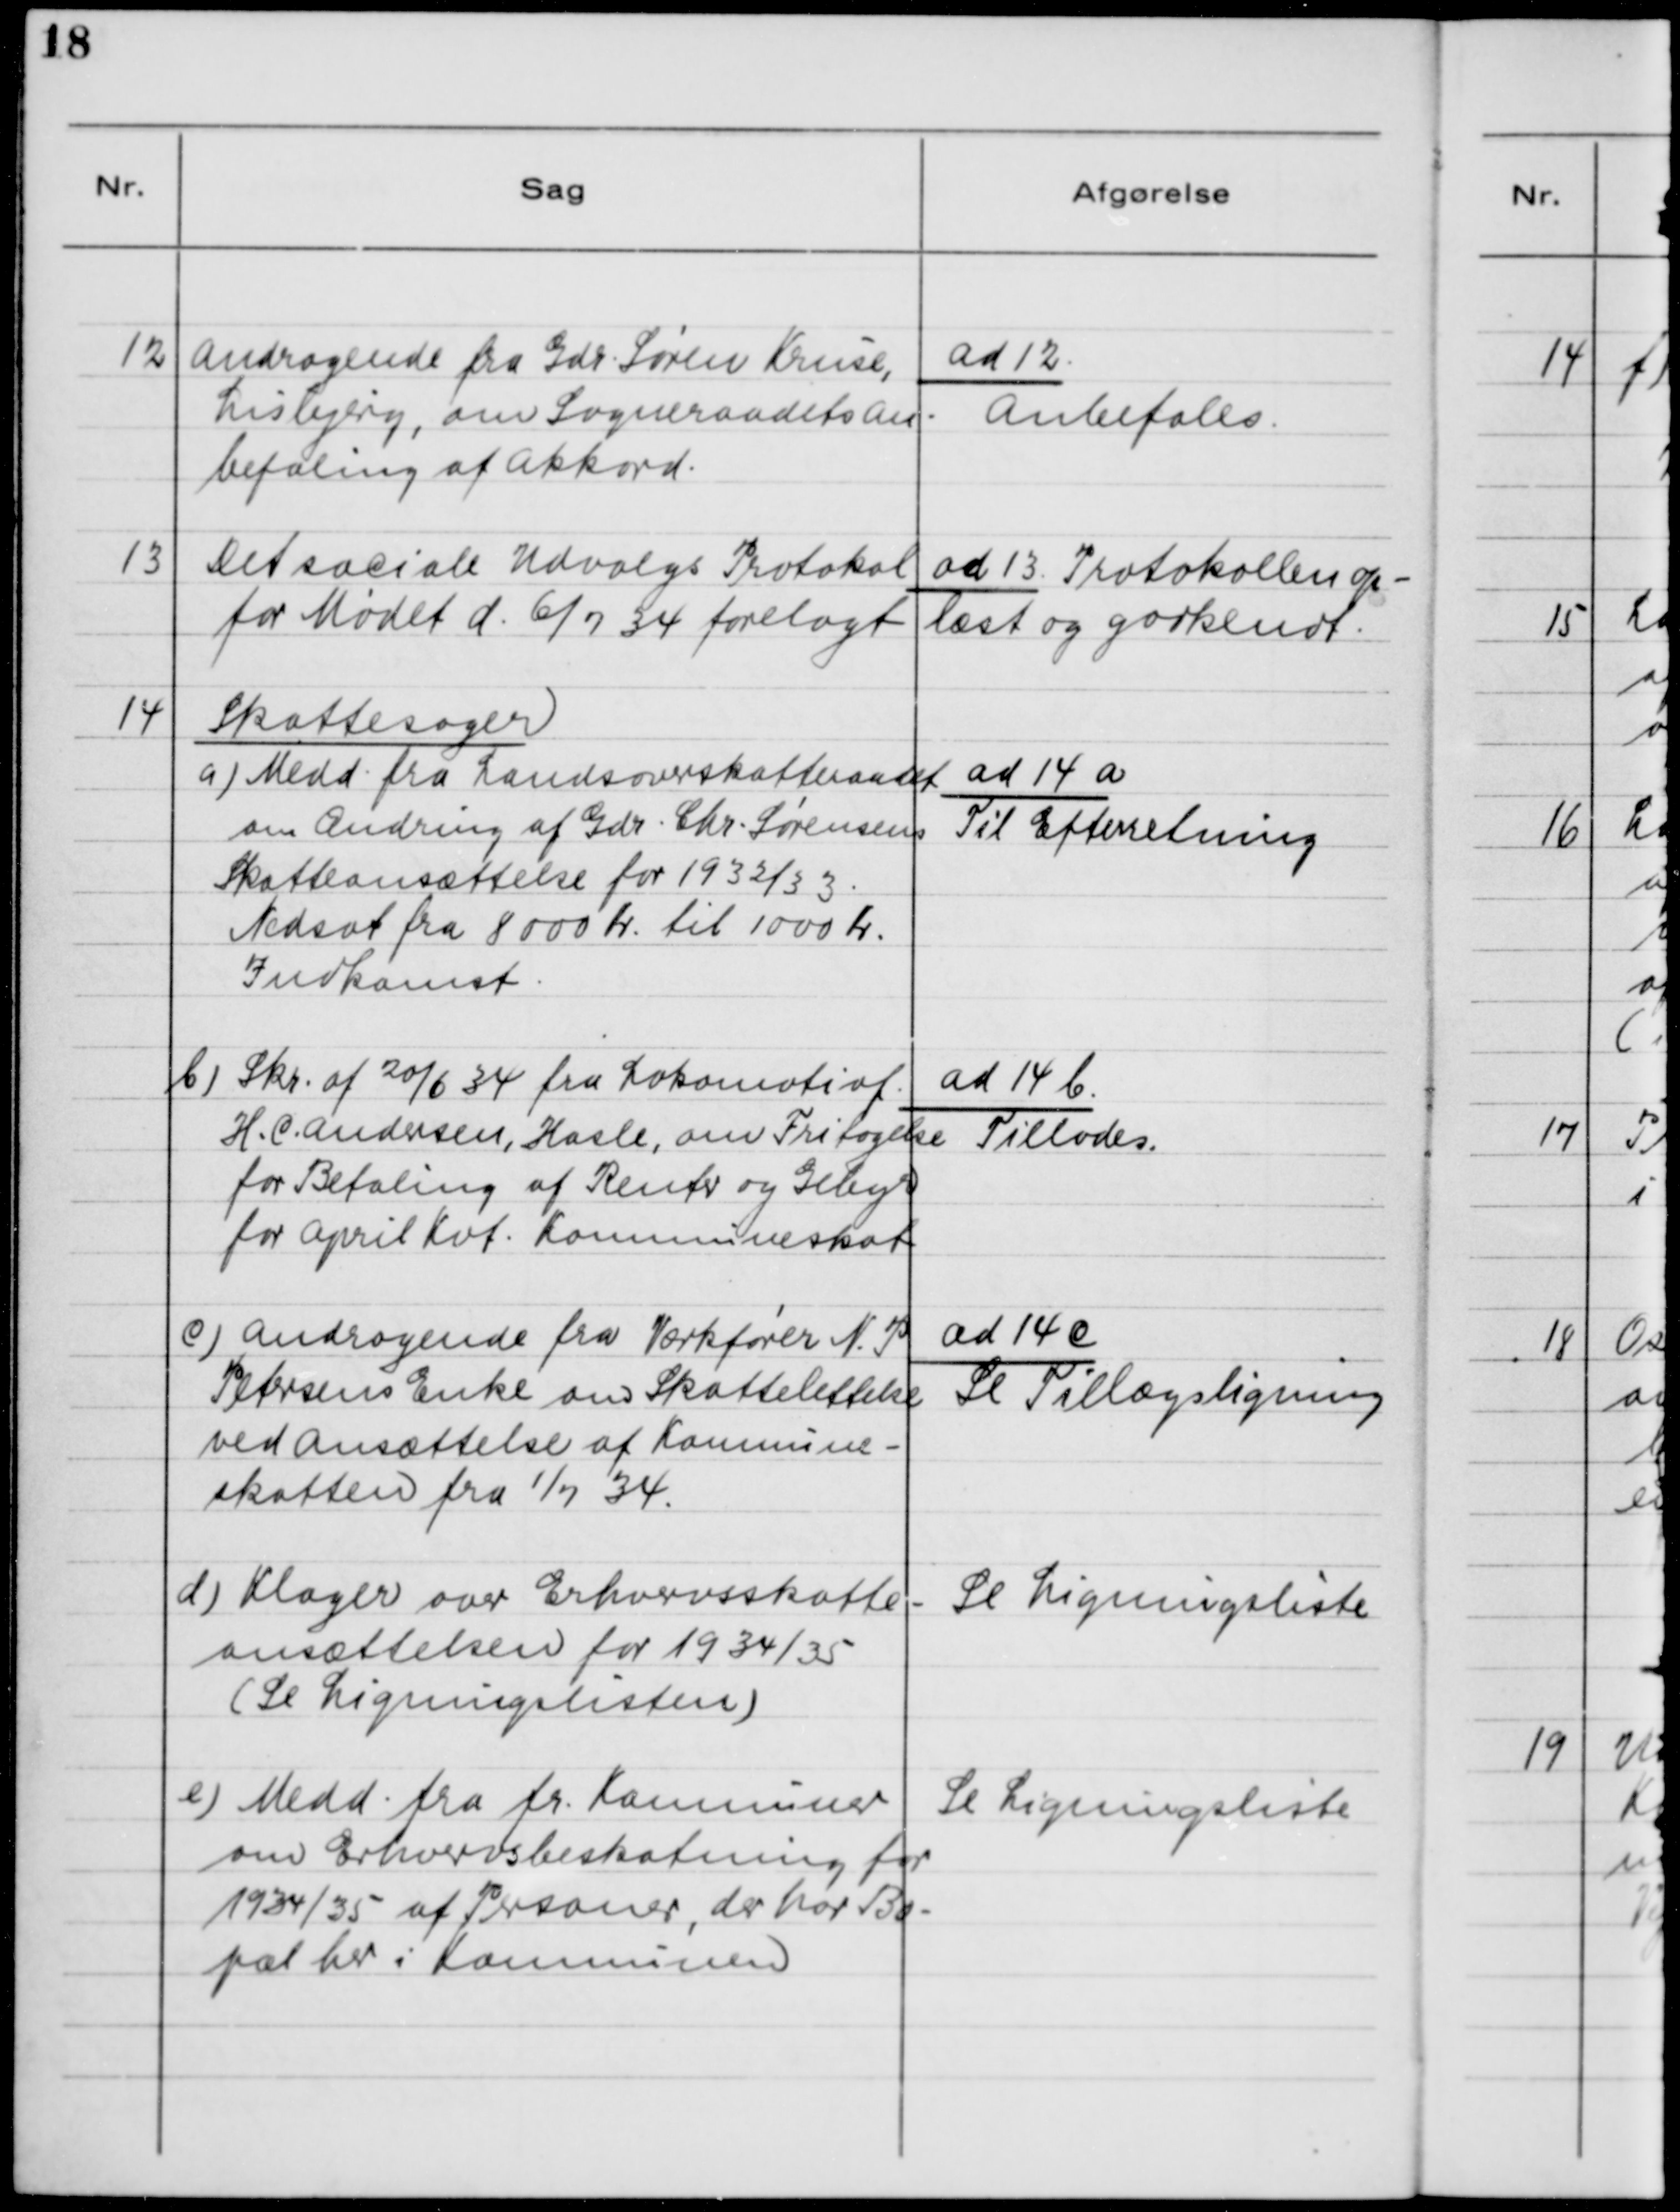
Transskription:
12

Andragende fra Gdr. Søren Kruse,
Lisbjerg, om Sogneraadets An-
befaling af Akkord.

ad 12.
Anbefales

13

Det sociale Udvalgs Protokol
for Mødet d. 6/7 34 forelagt.

ad 13. Protokollen op-
læst og godkendt.

14

Skattesager.
a) Medd. fra Landsoverskatteraadet
om ændring af Gdr. Chr. Sørensens
Skatteansættelse for 1932/33.
Nedsat fra 8000 Kr. til 1000 Kr.
Indkomst.

ad 14 a
Til Efterretning

b) Skr. af 20/6 34 fra Lokomotivf. 
H. C. Andersen, Hasle, om Fritagelse
for Betaling af Renter og Gebyr
for April Kvt. Kommuneskat.

ad 14 b 
Tillades

c) Andragende fra Værkfører N. P.
Petersens Enke om Skattelettelse
ved Ansættelse af Kommune-
skatten fra 1/7 34.

ad 14 c
Se Tillægsligning

d) Klager over Erhvervsskatte-
ansættelsen for 1934/35
(Se Ligningslisten)

Se Ligningsliste

e) Medd. fra fr. Kommuner
om Erhvervsbeskatning for
1934/35 af Personer, der har Bo-
pæl her i Kommunen.

Se Ligningsliste